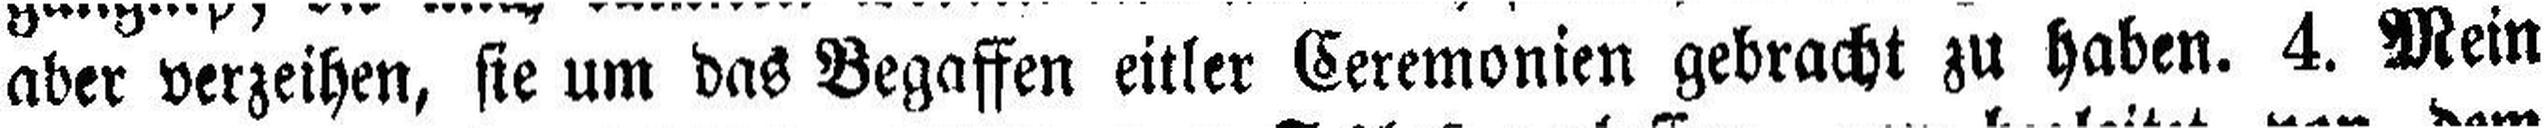
aber verzeihen, sie um das Begaffen eitler Ceremonien gebracht zu haben. 4. Mein